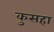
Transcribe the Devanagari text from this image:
कुसहा